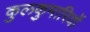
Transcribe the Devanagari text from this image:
कुलकुमारियों